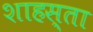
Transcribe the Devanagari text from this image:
शाहस्ता